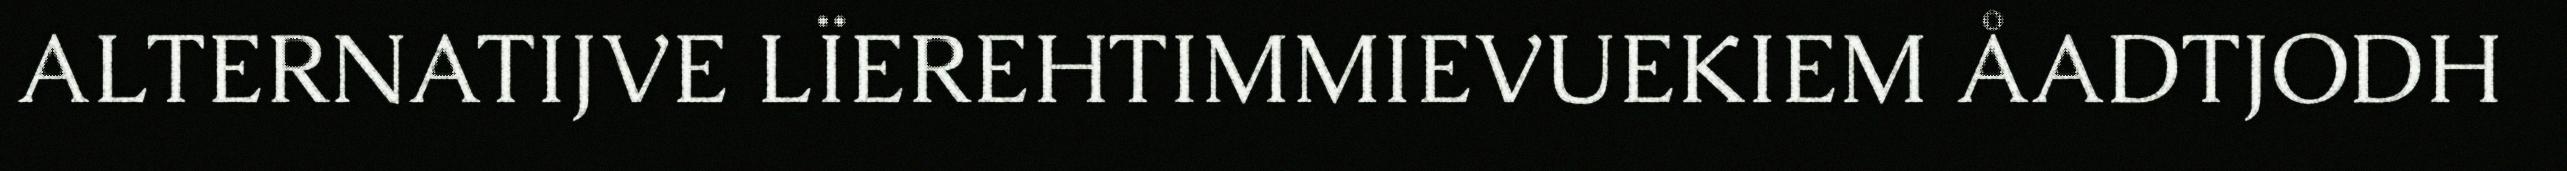
ALTERNATIJVE LÏEREHTIMMIEVUEKIEM ÅADTJODH